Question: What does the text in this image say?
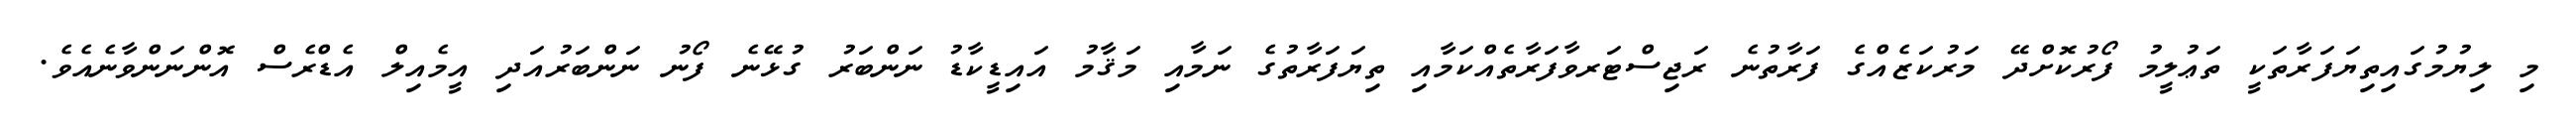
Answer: މި ލިޔުމުގައިތިޔަފަރާތަކީ ތަޢުލީމު ފޯރުކޮށްދޭ މަރުކަޒެއްގެ ފަރާތުނެ ރަޖިސްޓަރވާފަރާތެއްކަމާއި ތިޔަފަރާތުގެ ނަމާއި މަޤާމު އައިޑީކާޑު ނަންބަރު ގުޅޭނެ ފޯނު ނަންބަރުއަދި އީމެއިލް އެޑްރެސް އޮންނަންވާނެއެވެ.